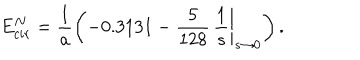
E _ { c i r } ^ { N } = \frac { 1 } { a } \left( - 0 . 3 1 3 1 - \left. \frac { 5 } { 1 2 8 } \, \frac { 1 } { s } \right| _ { s \to 0 } \right) .